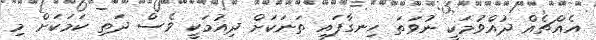
އެއްޗެއް ދުއްވުމަކީ ނުވަތަ ހިނގާފައި ތަނަކަށް ދިއުމަކީ ވެސް ދަތި ކަމަކަށް މި